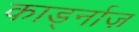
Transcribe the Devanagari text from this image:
कार्ड्नाज़